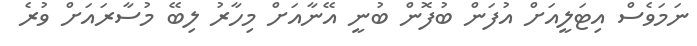
ނަމަވެސް އިޓަލީއަށް އުފަން ބުފޮން ބުނީ އޭނާއަށް މިހާރު ލިބޭ މުސާރައަށް ވުރެ